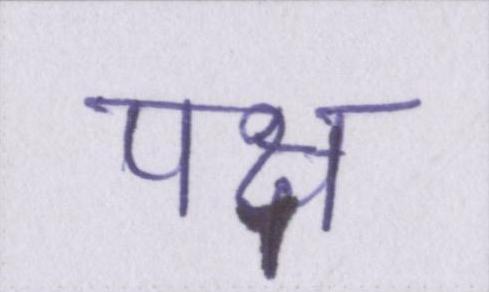
पक्ष